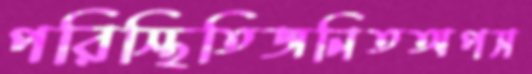
পরিস্থিতিজনিতঅপস